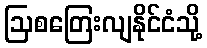
ဩစတြေးလျနိုင်ငံသို့